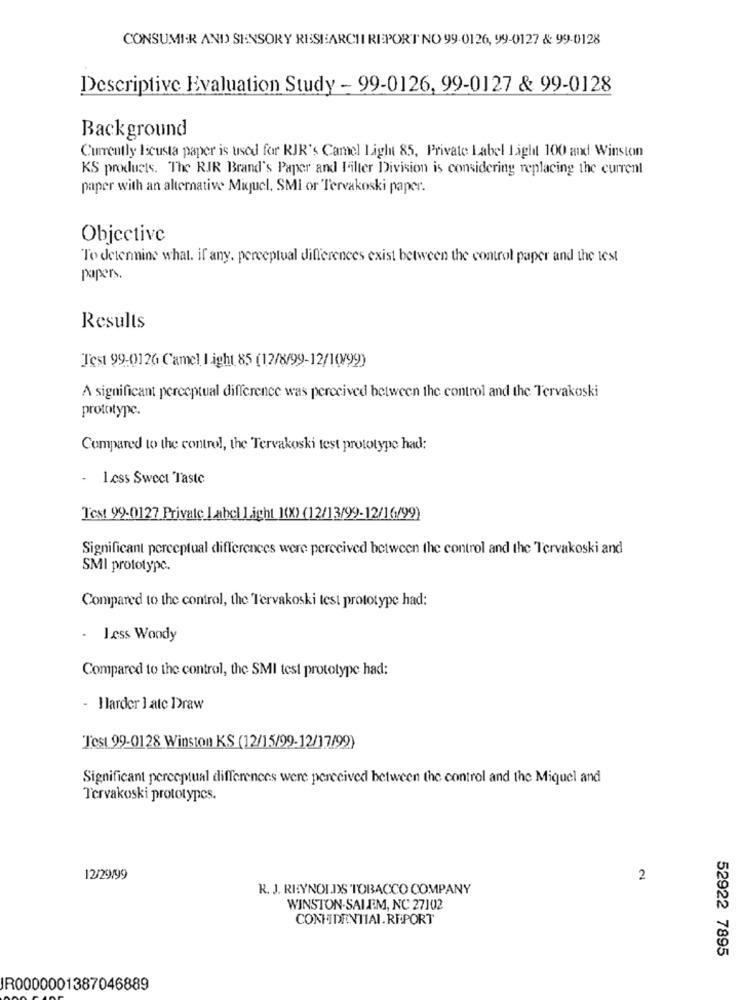
CONSUMER AND) SENSORY RESEARCH REPORT NO 99-0126, 99-0127 & 99-0128
Descriptive Evaluation Study - 99-0126, 99-0127 & 99-0128
Background
Currently Iscusta paper is used for RJR's Camel Light 85, Private Label Light 100 and Winston
KS products. The RIR Brand's Paper and I'ilter Division is considering replacing the current
paper with an alternative Miguel, SMI or Tervakoski paper.
Objective
To determine what, if any, perceptual differences exist between the control paper and the test
paper.
Results
Test 99-0126 Camel I.ight 85 (12/8/99-12/1(/99)
A significant perceptual difference was perceived between the control and the Tervakoski
prototype.
Compared to the control, the Tervakoski test prototype had:
- Less Sweet Taste
Test 99-0127 Private Label Light 1(X) (12/13/99-12/16/99)
Significant perceptual differences were perceived between the control and the Tervakoski and
SMI prototype.
Compared to the control, the Tervakoski test prototype had:
I.css Woody
Compared to the control, the SMI test prototype had:
- I larder ] atc Draw
Test 99-0128 Winston KS (12/15/99-12/17/99)
Significant perceptual differences were perceived between the control and the Miquel and
Tervakoski prototypes.
12/29/99
2
R. J. REYNOLDS TOBACCO COMPANY
WINSTON-SALEM, NC 27102
CONFIDENTIAL.REPORT
52922 7895
IR0000001387046889